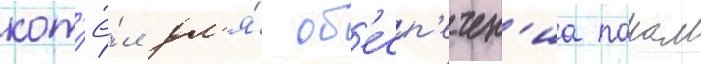
кот'ё́л дл'я́ об'есп'ечен'иа паром